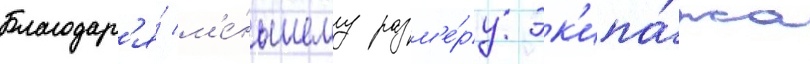
Благодар'я́ м'е́ньшему разм'е́ру эк'ипа́жа